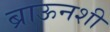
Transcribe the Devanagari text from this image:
ब्राऊनशी